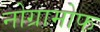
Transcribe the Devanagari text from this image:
नोग्रामोफ